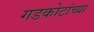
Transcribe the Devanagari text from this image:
गडकोटांच्या